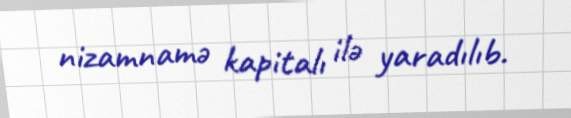
nizamnamə kapitalı ilə yaradılıb.